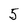
Character: 5